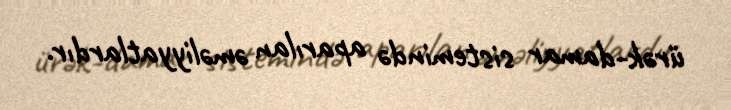
ürək-damar sistemində aparılan əməliyyatlardır.